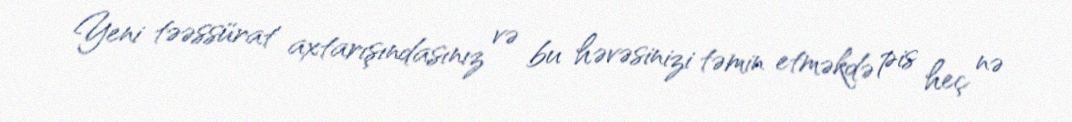
Yeni təəssürat axtarışındasınız və bu həvəsinizi təmin etməkdə pis heç nə